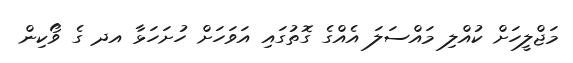
މަޖްލީހަށް ކުއްލި މައްސަލަ އެއްގެ ގޮތުގައި އަވަހަށް ހުށަހަޅާ އދ ގެ ވޯކިން